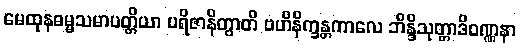
မေထုနဓမ္မသမာပတ္တိယာ ပရိဇာနိတွာတိ ဗဟိနိက္ခန္တကာလေ ဘိန္ဒိသုတ္တာဒိဝဏ္ဏနာ